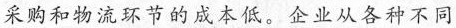
采购和物流环节的成本低。企业从各种不同